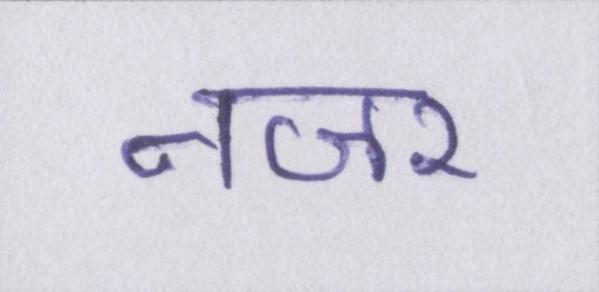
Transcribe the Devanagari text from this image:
नजर